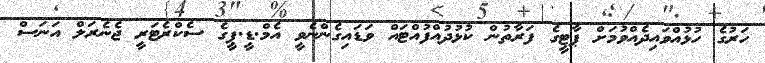
ހަރުގެ ހުޅުއްވައިދެއްވުމަށް ޕާޓީގެ ފަރާތުން ކުޅުދުއްފުއްޓައް ވަޑައިގެންނެވީ އެމް.ޑީ.ޕީގެ ސެކްރެޓަރީ ޖެނެރަލް އަނަސް